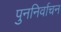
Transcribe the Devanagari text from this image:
पुननिर्वाचन